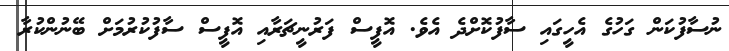
ނުސާފުކަން ގަހުގެ އެހީގައި ސާފުކޮށްދެ އެވެ. އޮފީސް ފަރުނީޗަރާއި އޮފީސް ސާފުކުރުމަށް ބޭނުންކުރާ